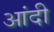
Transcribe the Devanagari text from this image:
आंदी